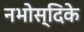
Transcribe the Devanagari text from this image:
नभोस्दिके